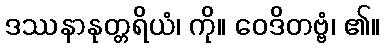
ဒဿနာနုတ္တရိယံ၊ ကို။ ဝေဒိတဗ္ဗံ၊ ၏။